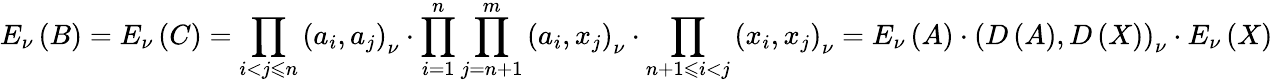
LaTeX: E_{\nu}\left(B\right)=E_{\nu}\left(C\right)=\prod_{i<j\leqslant n}\left(a_{i},a_{j}\right)_{\nu}\cdot\prod_{i=1}^{n}\prod_{j=n+1}^{m}\left(a_{i},x_{j}\right)_{\nu}\cdot\prod_{n+1\leqslant i<j}\left(x_{i},x_{j}\right)_{\nu}=E_{\nu}\left(A\right)\cdot\left(D\left(A\right),D\left(X\right)\right)_{\nu}\cdot E_{\nu}\left(X\right)